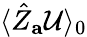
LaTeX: \langle\hat{Z}_{\mathbf{a}}\mathcal{U}\rangle_{0}